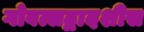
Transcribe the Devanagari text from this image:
गोवत्सद्वादशीस